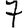
Digit: 7